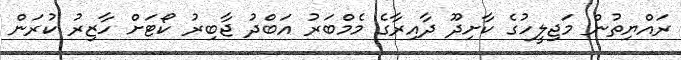
ރައްޔިތުން މަޖިލީހުގެ ކާށިދޫ ދާއިރާގެ މެމްބަރު އަބްދު ޖާބިރު ކޯޓަށް ހާޒިރު ކުރަން